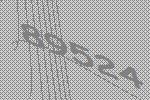
89524